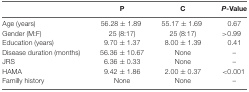
<table><thead><tr><td></td><td><b>P</b></td><td><b>C</b></td><td><b><i>P</i>-Value</b></td></tr></thead><tbody><tr><td>Age (years)</td><td>56.28 ± 1.89</td><td>55.17 ± 1.69</td><td>0.67</td></tr><tr><td>Gender (M:F)</td><td>25 (8:17)</td><td>25 (8:17)</td><td>&gt;0.99</td></tr><tr><td>Education (years)</td><td>9.70 ± 1.37</td><td>8.00 ± 1.39</td><td>0.41</td></tr><tr><td>Disease duration (months)</td><td>56.36 ± 10.67</td><td>None</td><td>–</td></tr><tr><td>JRS</td><td>6.36 ± 0.33</td><td>None</td><td>–</td></tr><tr><td>HAMA</td><td>9.42 ± 1.86</td><td>2.00 ± 0.37</td><td>&lt;0.001</td></tr><tr><td>Familly history</td><td>None</td><td>None</td><td>–</td></tr></tbody></table>